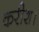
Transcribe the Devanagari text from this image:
करीश।